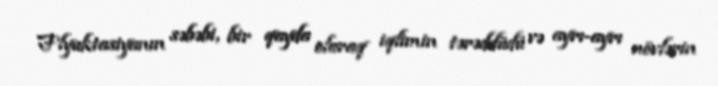
Flyuktasiyanın səbəbi, bir qayda olaraq iqlimin tərəddüdü və ayrı-ayrı növlərin